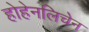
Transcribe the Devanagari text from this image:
होहेनलिचेन